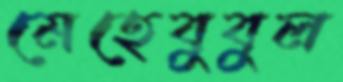
মেহেবুবুল